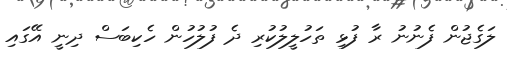
ލަގެޖުން ފެނުނު ރާ ފުޅި ތަހުލީލުކުރި ދެ ފުލުހުން ހެކިބަސް ދިނީ އޭގައި